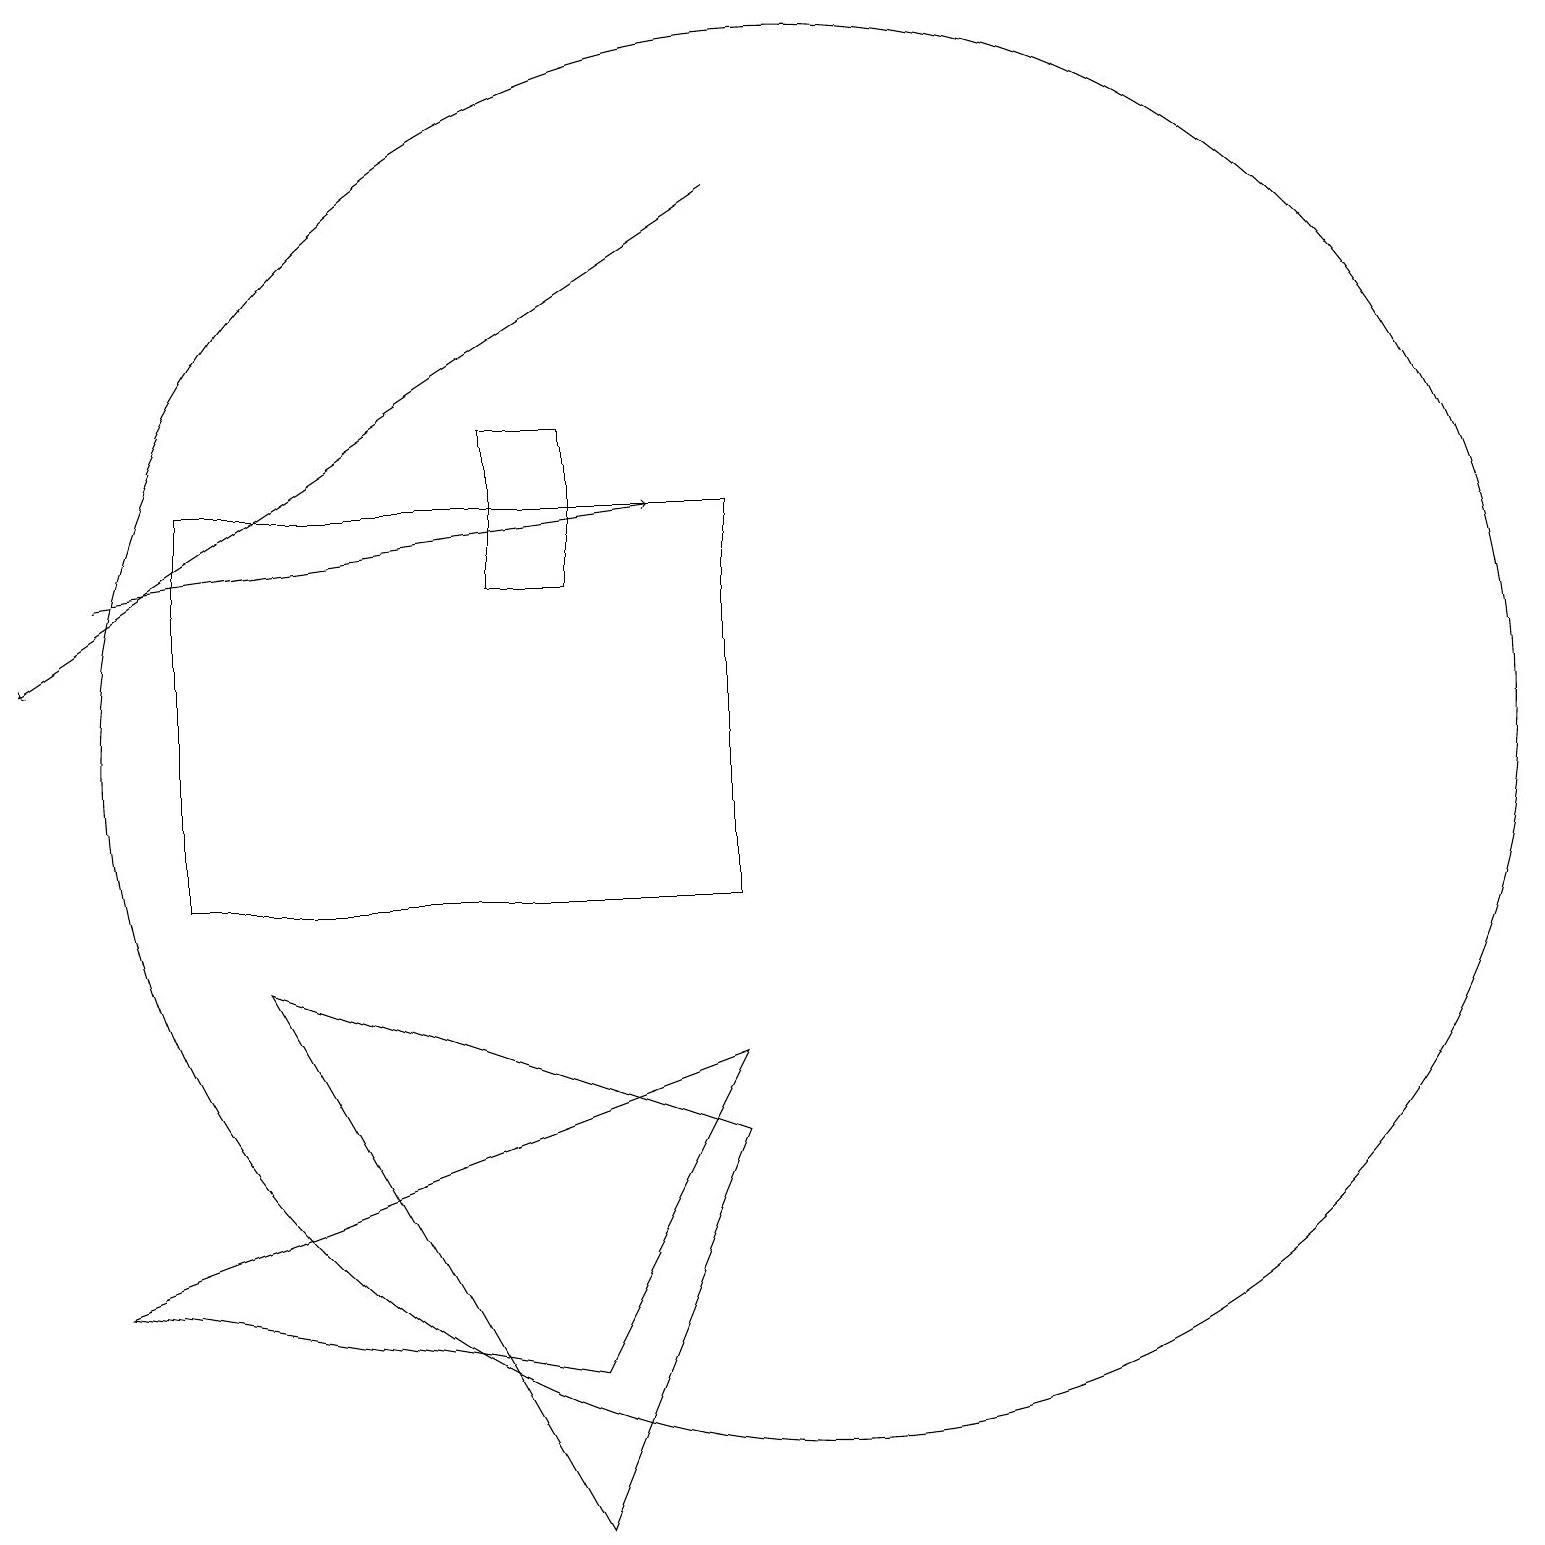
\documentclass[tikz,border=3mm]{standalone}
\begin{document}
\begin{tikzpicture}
\draw[->] (1,14) -- (8,15);
\draw (3,9) -- (7,2) -- (9,7) -- cycle;
\draw[->] (9,19) -- (0,13);
\draw (10,12) circle (9);
\draw (9,10) rectangle (2,15);
\draw (7,14) rectangle (6,16);
\draw (1,5) -- (7,4) -- (9,8) -- cycle;
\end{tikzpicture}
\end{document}